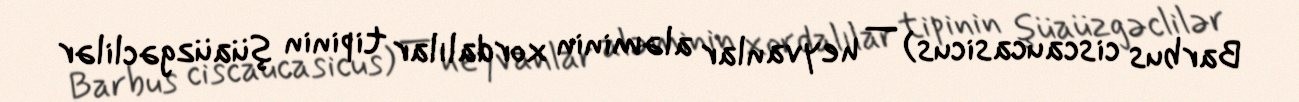
Barbus ciscaucasicus) — heyvanlar aləminin xordalılar tipinin şüaüzgəclilər